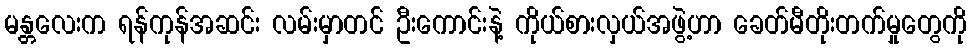
မန္တလေးက ရန်ကုန်အဆင်း လမ်းမှာတင် ဦးကောင်းနဲ့ ကိုယ်စားလှယ်အဖွဲ့ဟာ ခေတ်မီတိုးတက်မှုတွေကို